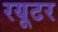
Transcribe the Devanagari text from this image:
रयूटर